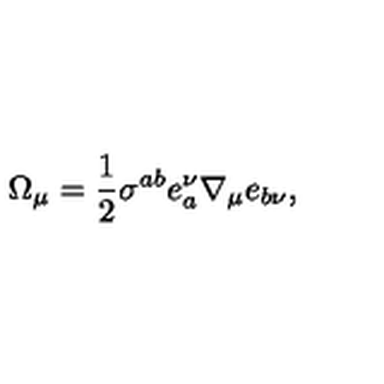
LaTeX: \Omega _ { \mu } = \frac { 1 } { 2 } \sigma ^ { a b } e _ { a } ^ { \nu } \nabla _ { \mu } e _ { b \nu } ,